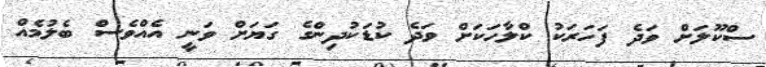
ސްކޫލަށް ވަދެ ފަހަރަކު ކްލާހަކަށް ވަދެ ކުޑަކުދިންގެ ގަޔަށް ވަނީ އެއްވެސް ބެލުމެއް